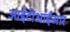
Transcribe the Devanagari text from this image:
आईटीआईआर